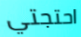
احتجتي